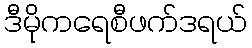
ဒီမိုကရေစီဖက်ဒရယ်